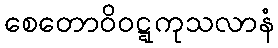
စေတောဝိဝဋ္ဋကုသလာနံ